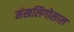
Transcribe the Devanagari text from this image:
मंखलिगोसाल